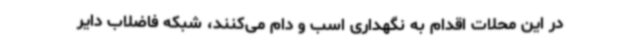
در این محلات اقدام به نگهداری اسب و دام می‌کنند، شبکه فاضلاب دایر